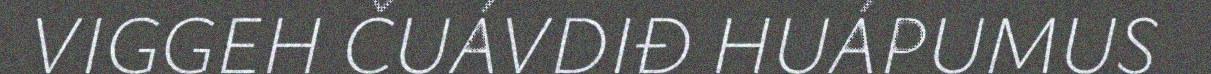
VIGGEH ČUÁVDIĐ HUÁPUMUS